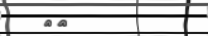
١٧